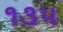
૧૩૫